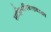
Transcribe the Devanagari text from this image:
साहित्यविचाराबाबत